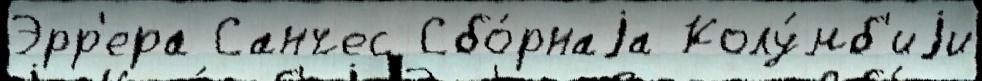
Эрр'ера Санчес Сбо́рнаjа Колу́мб'иjи